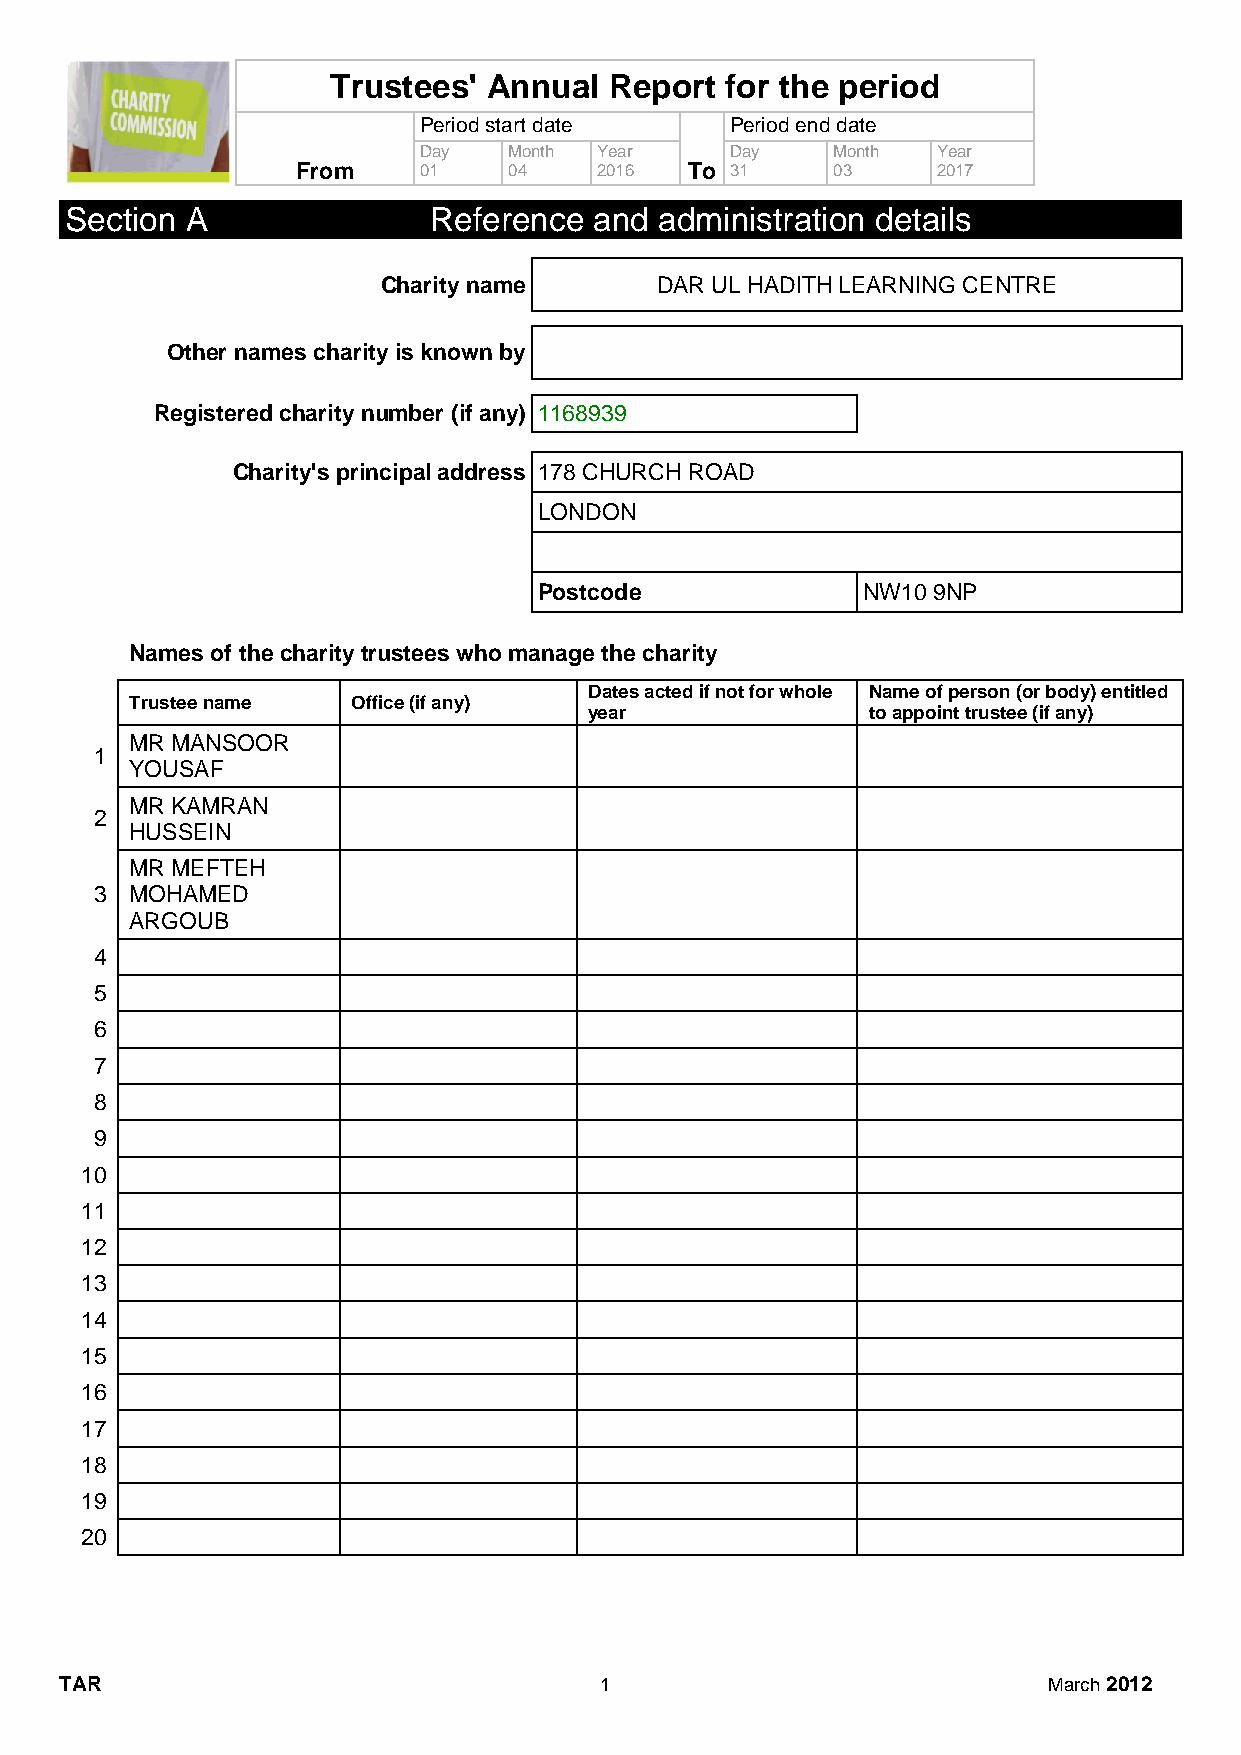
Trustees' Annual  Report  for the period
 Period start date   Period end date
 Day   Month Year    Day    Month  Year
 From    01    04   2016   To 31    03     2017
 Section A               Reference  and  administration details
 Charity name      DAR UL HADITH LEARNING CENTRE
 Other names charity is known by
 Registered charity number (if any) 1168939
 Charity's principal address 178 CHURCH ROAD
 LONDON
 Postcode             NW10 9NP
 Names of the charity trustees who manage the charity
 Dates acted if not for whole Name of person (or body) entitled
 Trustee name  Office (if any)
 year              to appoint trustee (if any)
 MR MANSOOR
 1
 YOUSAF
 MR KAMRAN
 2
 HUSSEIN
 MR MEFTEH
 3  MOHAMED
 ARGOUB
 4
 5
 6
 7
 8
 9
 10
 11
 12
 13
 14
 15
 16
 17
 18
 19
 20
 TAR                                 1                            March 2012